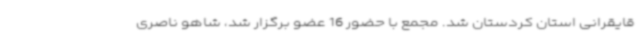
قایقرانی استان کردستان شد. مجمع با حضور 16 عضو برگزار شد، شاهو ناصری